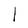
Character: l